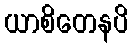
ယာစိတေနပိ